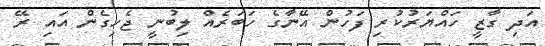
އަދި ގާޒީ ހައްޔަރުކުރިި ފަހުން އޭނާގެ ހަބަރެއް ލިބުނީ ޖެހިގެން އައި ރޭ